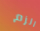
الزم